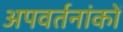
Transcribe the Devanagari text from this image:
अपवर्तनांकों